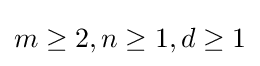
m\geq 2,n\geq 1,d\geq 1